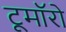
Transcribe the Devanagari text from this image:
टूमॉरो